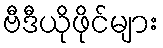
ဗီဒီယိုဖိုင်များ